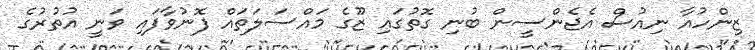
ޒިންހުއާ ނިއުސް އެޖެންސީން ބުނި ގޮތުގައި ޒޫގެ މައްސަލަތައް ފޮނުވާފައި ވަނީ އުތުރުގެ